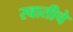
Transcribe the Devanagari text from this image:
स्वातीचे